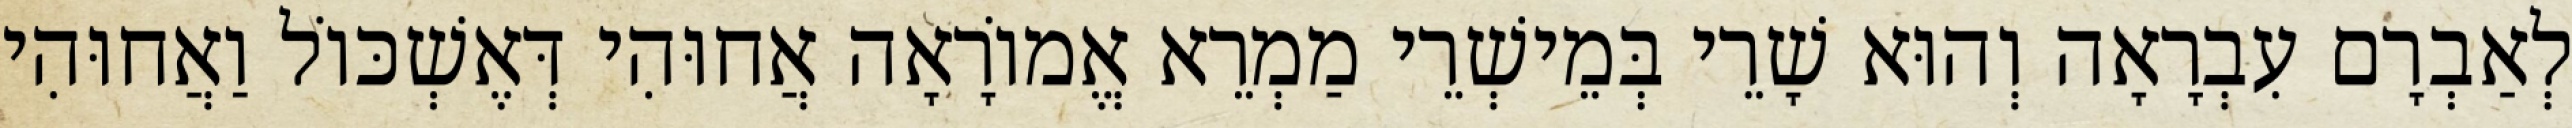
לְאַבְרָם עִבְרָאָה וְהוּא שָׁרֵי בְּמֵישְׁרֵי מַמְרֵא אֱמוֹרָאָה אֲחוּהִי דְּאֶשְׁכּוֹל וַאֲחוּהִי